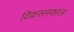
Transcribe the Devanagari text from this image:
विकसनकाल